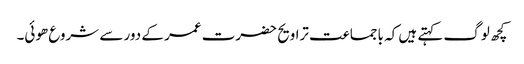
کچھ لوگ کہتے ہیں کہ باجماعت تراویح حضرت عمر کے دور سے شروع ھوئی۔